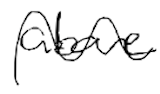
Text: above
Cross-out: wave
Writing tool: digital_black